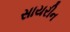
સાયરીન